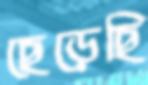
ছেড়েছি